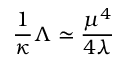
\frac { 1 } { \kappa } \Lambda \simeq \frac { \mu ^ { 4 } } { 4 \lambda }